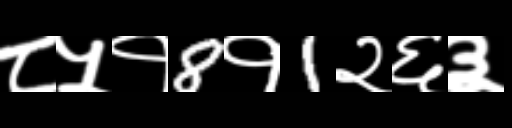
Text: ८५१8१1२६३